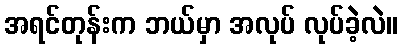
အရင်တုန်းက ဘယ်မှာ အလုပ် လုပ်ခဲ့လဲ။